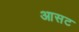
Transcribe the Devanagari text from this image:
आसट